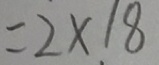
= 2 \times 1 8